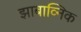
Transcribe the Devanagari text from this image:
झाबाव्निक